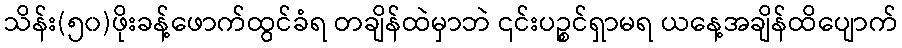
သိန်း(၅၀)ဖိုးခန့်ဖောက်ထွင်ခံရ တချိန်ထဲမှာဘဲ ၎င်းပဉ္စင်ရှာမရ ယနေ့အချိန်ထိပျောက်